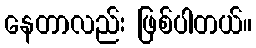
နေတာလည်း ဖြစ်ပါတယ်။